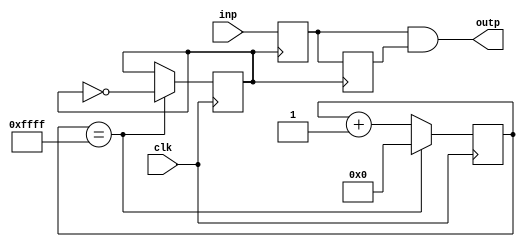
`timescale 1ns / 1ps
//////////////////////////////////////////////////////////////////////////////////
// Company: 
// Engineer: 
// 
// Design Name: 
// Module Name: deal
// Project Name: 
// Target Devices: 
// Tool Versions: 
// Description: 
// 
// Dependencies: 
// 
// Revision:
// Revision 0.01 - File Created
// Additional Comments:
// 
//////////////////////////////////////////////////////////////////////////////////

//
module deal(clk, inp, outp);
    input inp, clk;
    output outp;
    
    reg delay1, delay2;
    reg [19:0] count;
    reg clk_20;
    //clk20ms
    always @(posedge clk) begin
        if(count==20'hffff) begin
            clk_20<=~clk_20;
            count<=0;
        end
        else
            count<=count+1;
    end
    //20ms
    always @(posedge clk_20) begin
        delay1<=inp;
        delay2<=delay1;
    end
    
    assign outp=delay1&delay2;
    
endmodule